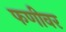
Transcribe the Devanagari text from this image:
फणीवर